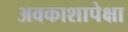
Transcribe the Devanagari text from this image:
अवकाशापेक्षा